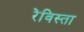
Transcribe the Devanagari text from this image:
रेविस्ता